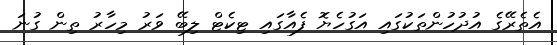
އެތެރޭގެ އުދުހުންތަކުގައި އަގުހެޔޮ ފެއާގައި ޓިކެޓް ލިބޭ ވަރު މިހާރު ތިން ގުނަ